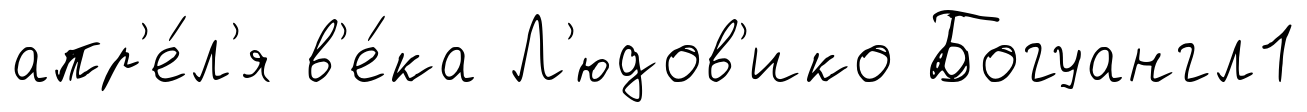
апр'е́л'я в'е́ка Л'юдов'ико Богуангл1